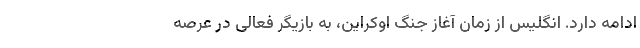
ادامه دارد. انگلیس از زمان آغاز جنگ اوکراین، به بازیگر فعالی در عرصه